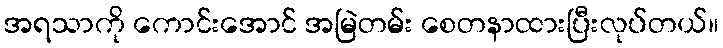
အရသာကို ကောင်းအောင် အမြဲတမ်း စေတနာထားပြီးလုပ်တယ်။